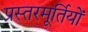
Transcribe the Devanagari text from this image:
प्रस्तरमूर्तियों